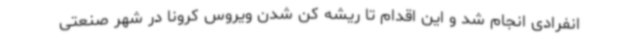
انفرادی انجام شد و این اقدام تا ریشه کن شدن ویروس کرونا در شهر صنعتی